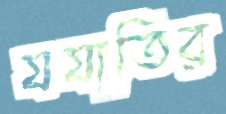
যযাতির